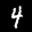
Label: 4